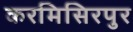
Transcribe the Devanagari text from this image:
करमिसिरपुर